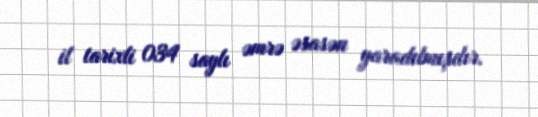
il tarixli 034 saylı əmrə əsasən yaradılmışdır.